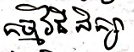
កម្មវិធីសិក្សា